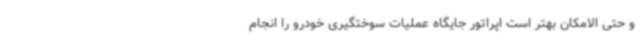
و حتی الامکان بهتر است اپراتور جایگاه عملیات سوختگیری خودرو را انجام